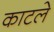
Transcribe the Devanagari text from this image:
काटले